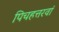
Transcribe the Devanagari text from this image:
पिचहत्तरवां